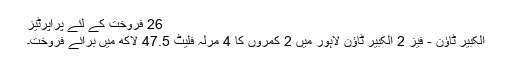
26 فروخت کے لئے پراپرٹیز
الکبیر ٹاؤن - فیز 2 الکبیر ٹاؤن لاہور میں 2 کمروں کا 4 مرلہ فلیٹ 47.5 لاکھ میں برائے فروخت۔